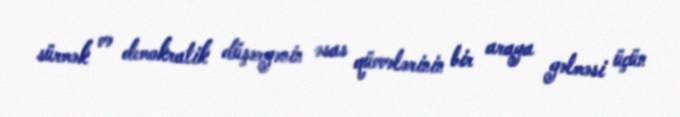
sürmək və demokratik düşərgənin əsas qüvvələrinin bir araya gəlməsi üçün